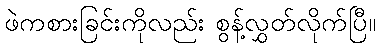
ဖဲကစားခြင်းကိုလည်း စွန့်လွှတ်လိုက်ပြီ။